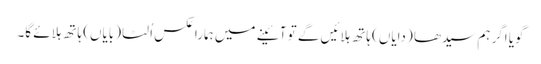
گویا اگر ہم سیدھا (دایاں) ہاتھ ہلائیں گے تو آئینے میں ہمارا عکس اُلٹا (بایاں) ہاتھ ہلائے گا۔